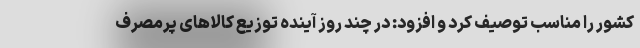
کشور را مناسب توصیف کرد و افزود: در چند روز آینده توزیع کالاهای پرمصرف